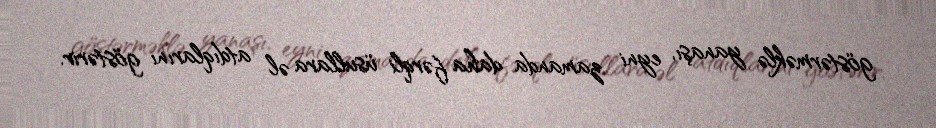
göstərməklə yanaşı, eyni zamanda daha fərqli üsullara əl atdıqlarını göstərir.